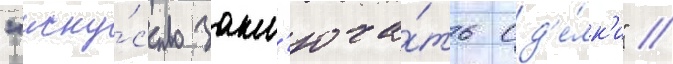
"иску́сство закл'юча́ть сд'е́лк'и" //